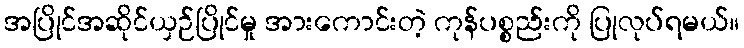
အပြိုင်အဆိုင်ယှဉ်ပြိုင်မှု အားကောင်းတဲ့ ကုန်ပစ္စည်းကို ပြုလုပ်ရမယ်။